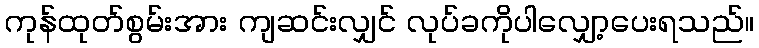
ကုန်ထုတ်စွမ်းအား ကျဆင်းလျှင် လုပ်ခကိုပါလျှော့ပေးရသည်။